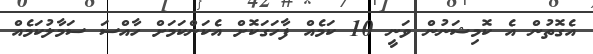
އެގޮތުން އެ ކޮމިޝަނުން ވަނީ 10 ކަމެއް ފާހަގަކޮށް އެކަންކަމަށް ހާއްސަ ސަމާލުކަމެއް